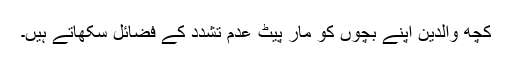
کچھ والدین اپنے بچوں کو مار پیٹ عدم تشدد کے فضائل سکھاتے ہیں۔